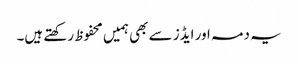
یہ دمہ اور ایڈز سے بھی ہمیں محفوظ رکھتے ہیں۔